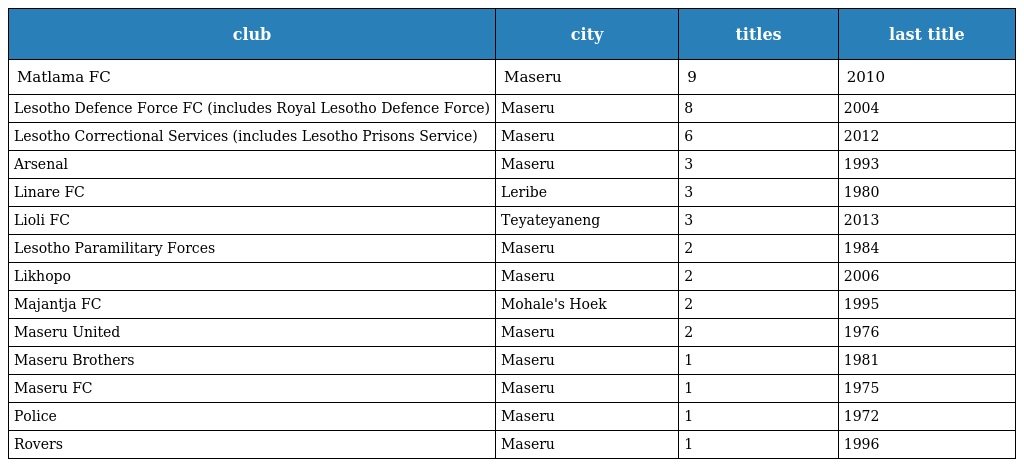
| club | city | titles | last title |
 | --- | --- | --- | --- |
 | Matlama FC | Maseru | 9 | 2010 |
 | Lesotho Defence Force FC (includes Royal Lesotho Defence Force) | Maseru | 8 | 2004 |
 | Lesotho Correctional Services (includes Lesotho Prisons Service) | Maseru | 6 | 2012 |
 | Arsenal | Maseru | 3 | 1993 |
 | Linare FC | Leribe | 3 | 1980 |
 | Lioli FC | Teyateyaneng | 3 | 2013 |
 | Lesotho Paramilitary Forces | Maseru | 2 | 1984 |
 | Likhopo | Maseru | 2 | 2006 |
 | Majantja FC | Mohale's Hoek | 2 | 1995 |
 | Maseru United | Maseru | 2 | 1976 |
 | Maseru Brothers | Maseru | 1 | 1981 |
 | Maseru FC | Maseru | 1 | 1975 |
 | Police | Maseru | 1 | 1972 |
 | Rovers | Maseru | 1 | 1996 |